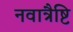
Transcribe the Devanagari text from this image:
नवात्रैष्टि